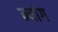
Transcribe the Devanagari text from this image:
न्यांग